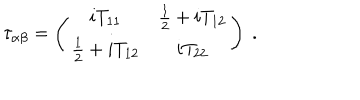
LaTeX: \tau _ { \alpha \beta } = \left( \begin{array} { c c } { { i T _ { 1 1 } } } & { { \frac { 1 } { 2 } + i T _ { 1 2 } } } \\ { { \frac { 1 } { 2 } + i T _ { 1 2 } } } & { { i T _ { 2 2 } } } \\ \end{array} \right) ~ .